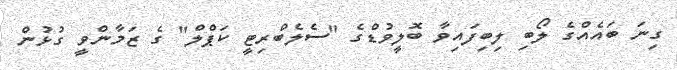
ގިނަ ބައެއްގެ ލޯބި ލިބިފައިވާ ބޮލީވުޑްގެ "ސެލެބްރިޓީ ކަޕްލް" ގެ ޒަމާންވީ ގުޅުން